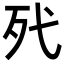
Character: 𣧆